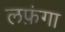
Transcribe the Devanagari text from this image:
लफ़ंगा